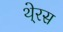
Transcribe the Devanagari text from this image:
थे्रस